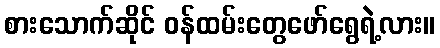
စားသောက်ဆိုင် ဝန်ထမ်းတွေဖော်ရွေရဲ့လား။